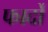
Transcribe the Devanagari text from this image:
फार्दों